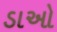
ડાઓ